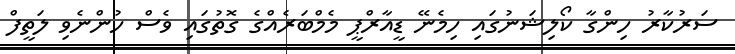
ސަރުކާރު ހިންގާ ކޯލިޝަނުގައި ހިމެނޭ ޑީއާރްޕީ މެމްބަރެއްގެ ގޮތުގައި ވެސް ހުންނެވި ލަތީފް